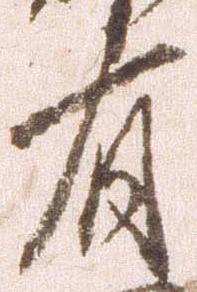
有